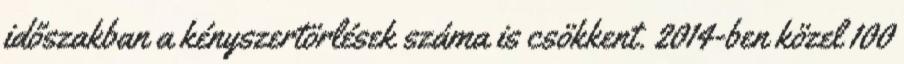
időszakban a kényszertörlések száma is csökkent. 2014-ben közel 100